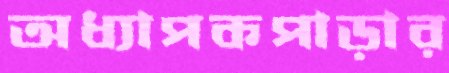
অধ্যাপকপাড়ার